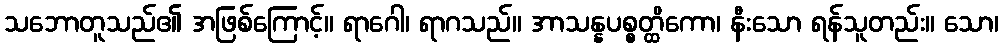
သဘောတူသည်၏ အဖြစ်ကြောင့်။ ရာဂေါ၊ ရာဂသည်။ အာသန္နပစ္စတ္ထိကော၊ နီးသော ရန်သူတည်း။ သော၊